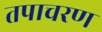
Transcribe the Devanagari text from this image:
तपाचरण